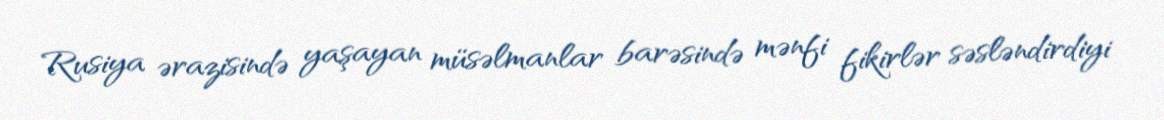
Rusiya ərazisində yaşayan müsəlmanlar barəsində mənfi fikirlər səsləndirdiyi